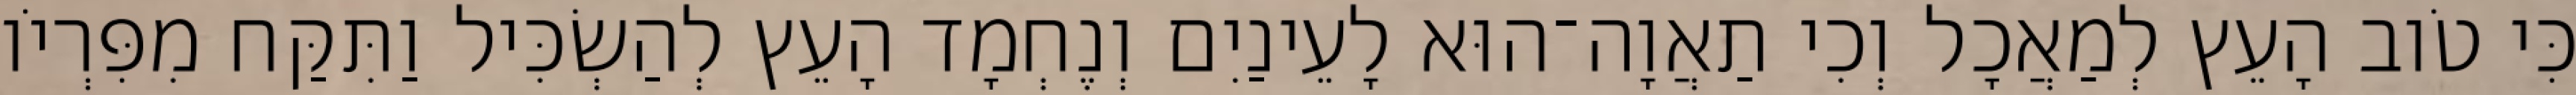
כִּי טֹוב הָעֵץ לְמַאֲכָל וְכִי תַאֲוָה־הוּא לָעֵינַיִם וְנֶחְמָד הָעֵץ לְהַשְׂכִּיל וַתִּקַּח מִפִּרְיֹו